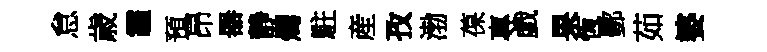
怠歳霾預昂器静燭駐産孜渤葆專戯果恆酆茹婆